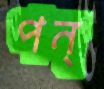
পন্